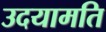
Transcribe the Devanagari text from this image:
उदयामति